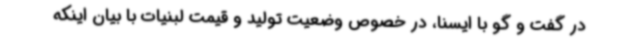
در گفت و گو با ایسنا، در خصوص وضعیت تولید و قیمت لبنیات با بیان اینکه